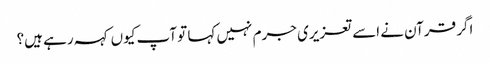
اگر قرآن نے اسے تعزیری جرم نہیں کہا تو آپ کیوں کہہ رہے ہیں؟